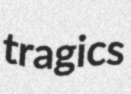
tragics